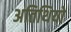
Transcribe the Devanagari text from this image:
अतिथियो